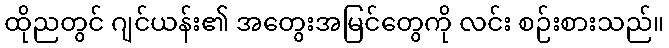
ထိုညတွင် ဂျင်ယန်း၏ အတွေးအမြင်တွေကို လင်း စဉ်းစားသည်။